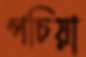
পচিয়া